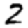
Digit: 2